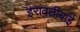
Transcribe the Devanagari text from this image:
इरावतीबाई